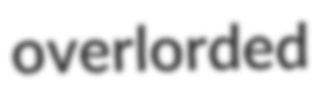
overlorded